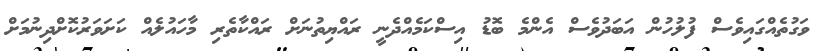
ވަގުތެއްގައިވެސް ފުލުހުން އަބަދުވެސް އެންމެ ބޮޑު އިސްކަމެއްދެނީ ރައްޔިތުނަށް ރައްކާތެރި މާހައުލެއް ކަށަވަރުކޮށްދިނުމަށް